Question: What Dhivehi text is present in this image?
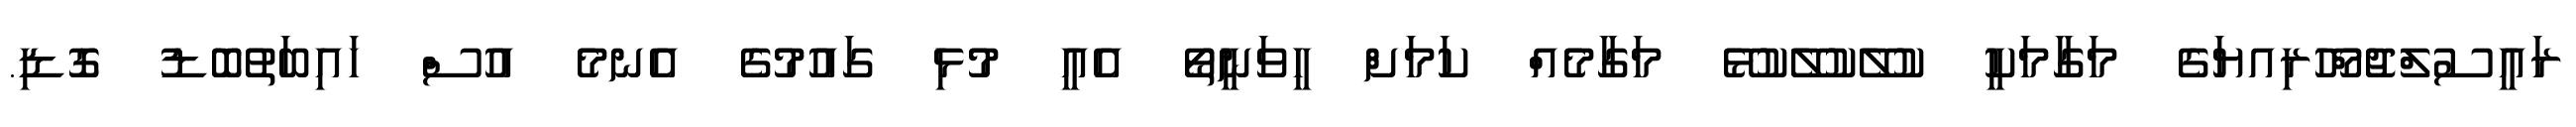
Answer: ރައީސުލްޖުމްހޫރިއޔަގެ މަގާމަކީ ކުލޭކުލޭކުޅޭ މަގާމެއް ކަމަށް ހީވަނީތޯ އެއީ މުޅި ގައުމުގެ އެނމެ އުސް ހައިބަތުބޮޑު ގޮޑި.